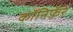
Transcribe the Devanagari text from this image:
कॉनिफ़ॅरे